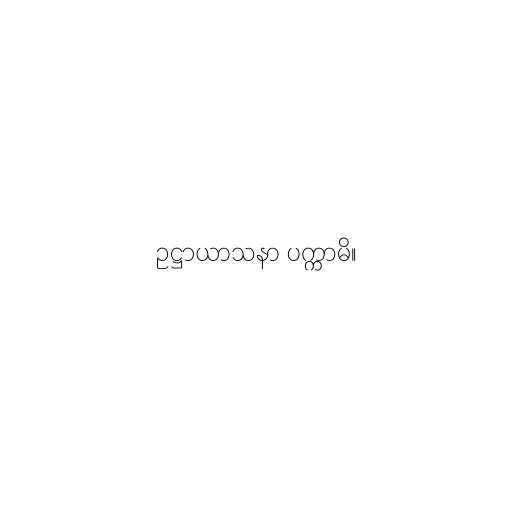
ဥဋ္ဌာယာသနာ ပက္ကာမိ။